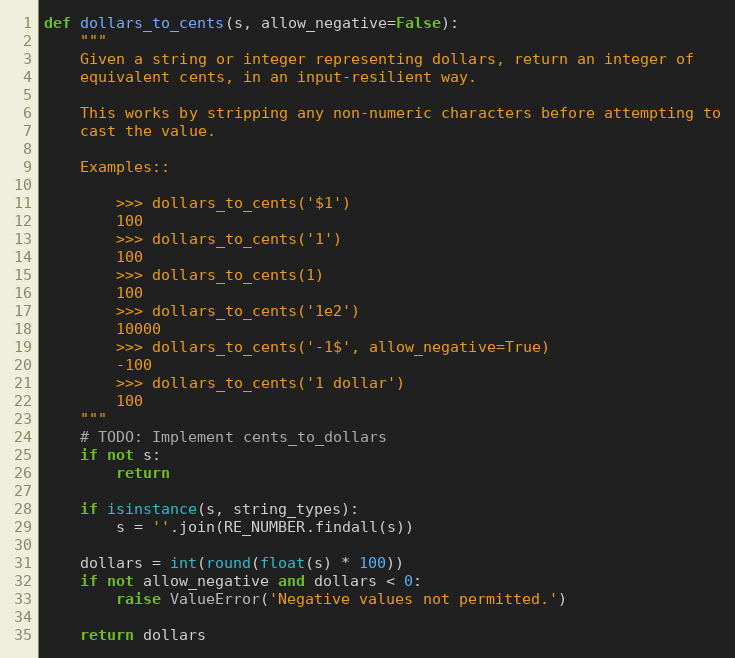
Language: Python
def dollars_to_cents(s, allow_negative=False):
    """
    Given a string or integer representing dollars, return an integer of
    equivalent cents, in an input-resilient way.

    This works by stripping any non-numeric characters before attempting to
    cast the value.

    Examples::

        >>> dollars_to_cents('$1')
        100
        >>> dollars_to_cents('1')
        100
        >>> dollars_to_cents(1)
        100
        >>> dollars_to_cents('1e2')
        10000
        >>> dollars_to_cents('-1$', allow_negative=True)
        -100
        >>> dollars_to_cents('1 dollar')
        100
    """
    # TODO: Implement cents_to_dollars
    if not s:
        return

    if isinstance(s, string_types):
        s = ''.join(RE_NUMBER.findall(s))

    dollars = int(round(float(s) * 100))
    if not allow_negative and dollars < 0:
        raise ValueError('Negative values not permitted.')

    return dollars